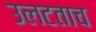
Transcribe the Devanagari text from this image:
उलटताच